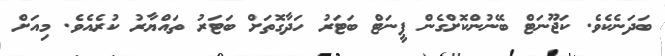
ބަދަނެކެވެ. ކަޖޫނަޓް ބޭނުންކޮށްގެން ޕީނަޓް ބަޓަރު ހަދާގޮތަށް ބަޓަރު ތައްޔާރު ކުރެއެވެ. މިއަށް